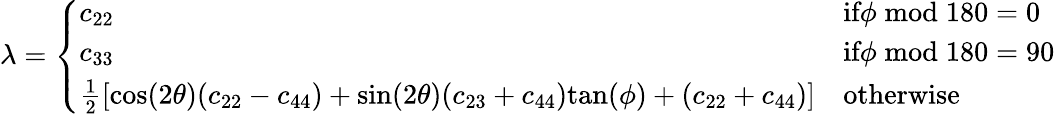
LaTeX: \lambda=\left\{ \begin{array}{ll}{\begin{array}{ll}{c_{22}}&{\textrm{if}\phi\; \textrm{mod}\; 180=0}\\ {c_{33}}&{\textrm{if}\phi\; \textrm{mod}\; 180=90}\\ {\frac{1}{2}\left[\textrm{cos}(2\theta)(c_{22}-c_{44})+\textrm{sin}(2\theta)(c_{23}+c_{44})\textrm{tan}(\phi)+(c_{22}+c_{44})\right]}&{\textrm{otherwise}}\end{array}}\end{array}\right.